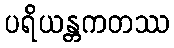
ပရိယန္တကတဿ